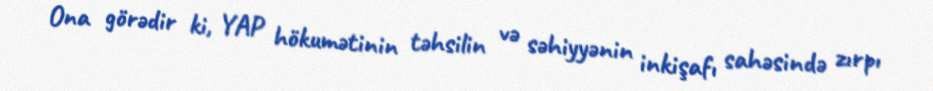
Ona görədir ki, YAP hökumətinin təhsilin və səhiyyənin inkişafı sahəsində zırpı